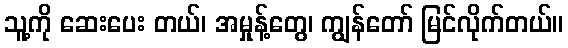
သူ့ကို ဆေးပေး တယ်၊ အမှုန့်တွေ၊ ကျွန်တော် မြင်လိုက်တယ်။